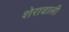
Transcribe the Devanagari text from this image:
शेरावाली